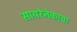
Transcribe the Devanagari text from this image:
सायरेनेकाचा